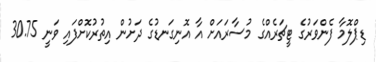
ޑިޕްލޮމާ ފެންވަރުގެ ޓީޗަރެއްގެ މުސާރައަށް އާ އޮނިގަނޑުގެ ދަށުން އިތުރުކޮށްފައި ވަނީ 30.75